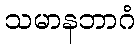
သမာနဘာဂံ